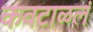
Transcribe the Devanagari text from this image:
कवटाळलं